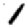
Digit: 1